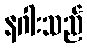
နဂါးသည်